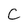
Character: C